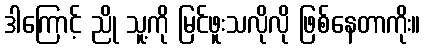
ဒါကြောင့် ညို သူ့ကို မြင်ဖူးသလိုလို ဖြစ်နေတာကိုး။